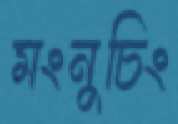
মংনুচিং